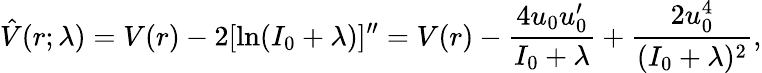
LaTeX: \hat{V}(r;\lambda)=V(r)-2[\ln(I_{0}+\lambda)]^{\prime\prime}=V(r)-\frac{4u_{0}u_{0}^{\prime}}{I_{0}+\lambda}+\frac{2u_{0}^{4}}{(I_{0}+\lambda)^{2}},